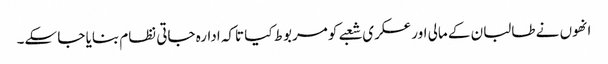
انھوں نے طالبان کے مالی اور عسکری شعبے کو مربوط کیا تاکہ ادارہ جاتی نظام بنایا جا سکے۔